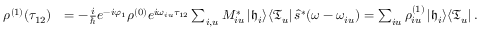
\begin{array} { r l } { \rho ^ { ( 1 ) } ( \tau _ { 1 2 } ) } & { = - \frac { i } { \hbar } e ^ { - i \varphi _ { 1 } } \rho ^ { ( 0 ) } e ^ { i \omega _ { i u } \tau _ { 1 2 } } \sum _ { i , u } M _ { i u } ^ { * } \left| \mathfrak { h } _ { i } \right> \! \left< \mathfrak { T } _ { u } \right| \hat { s } ^ { * } ( \omega - \omega _ { i u } ) = \sum _ { i u } \rho _ { i u } ^ { ( 1 ) } \left| \mathfrak { h } _ { i } \right> \! \left< \mathfrak { T } _ { u } \right| . } \end{array}